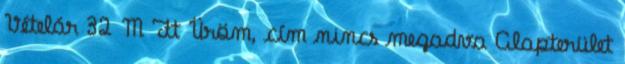
Vételár 32 M Ft Üröm, cím nincs megadva Alapterület